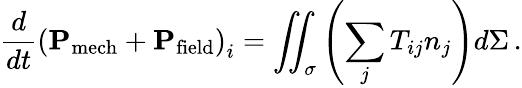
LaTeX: {\frac{d}{dt}}\left(\mathbf{P}_{\mathrm{mech}}+\mathbf{P}_{\mathrm{field}}\right)_{i}=\iint_{\sigma}\left(\sum_{j}T_{ij}n_{j}\right)d\Sigma\, .